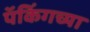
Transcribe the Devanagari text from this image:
पॅकिंगच्या